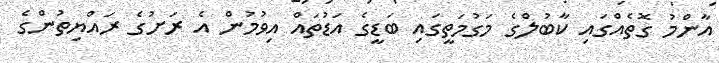
އާންމު ގޮތެއްގައި ކާބުލްގެ މަގުމަތީގައި ބަޑީގެ އަޑުތައް އިވުމުން އެ ރަށުގެ ރައްޔިތުންގެ